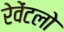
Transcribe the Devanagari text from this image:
रेवेंटलो